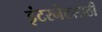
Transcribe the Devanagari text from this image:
इंटरनेटसाठी